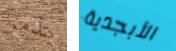
يتذمر الأبجدية